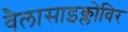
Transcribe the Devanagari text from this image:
वैलासाइक्लोविर